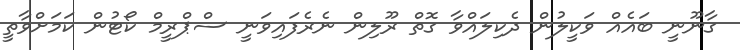
ގާނޫނީ ބައެއް ވަކީލުން ދެކިލައްވާ ގޮތް ރޫލިން ނެރެފައިވަނީ ސްޕްރީމް ކޯޓުން ކަމަށްވާތީ